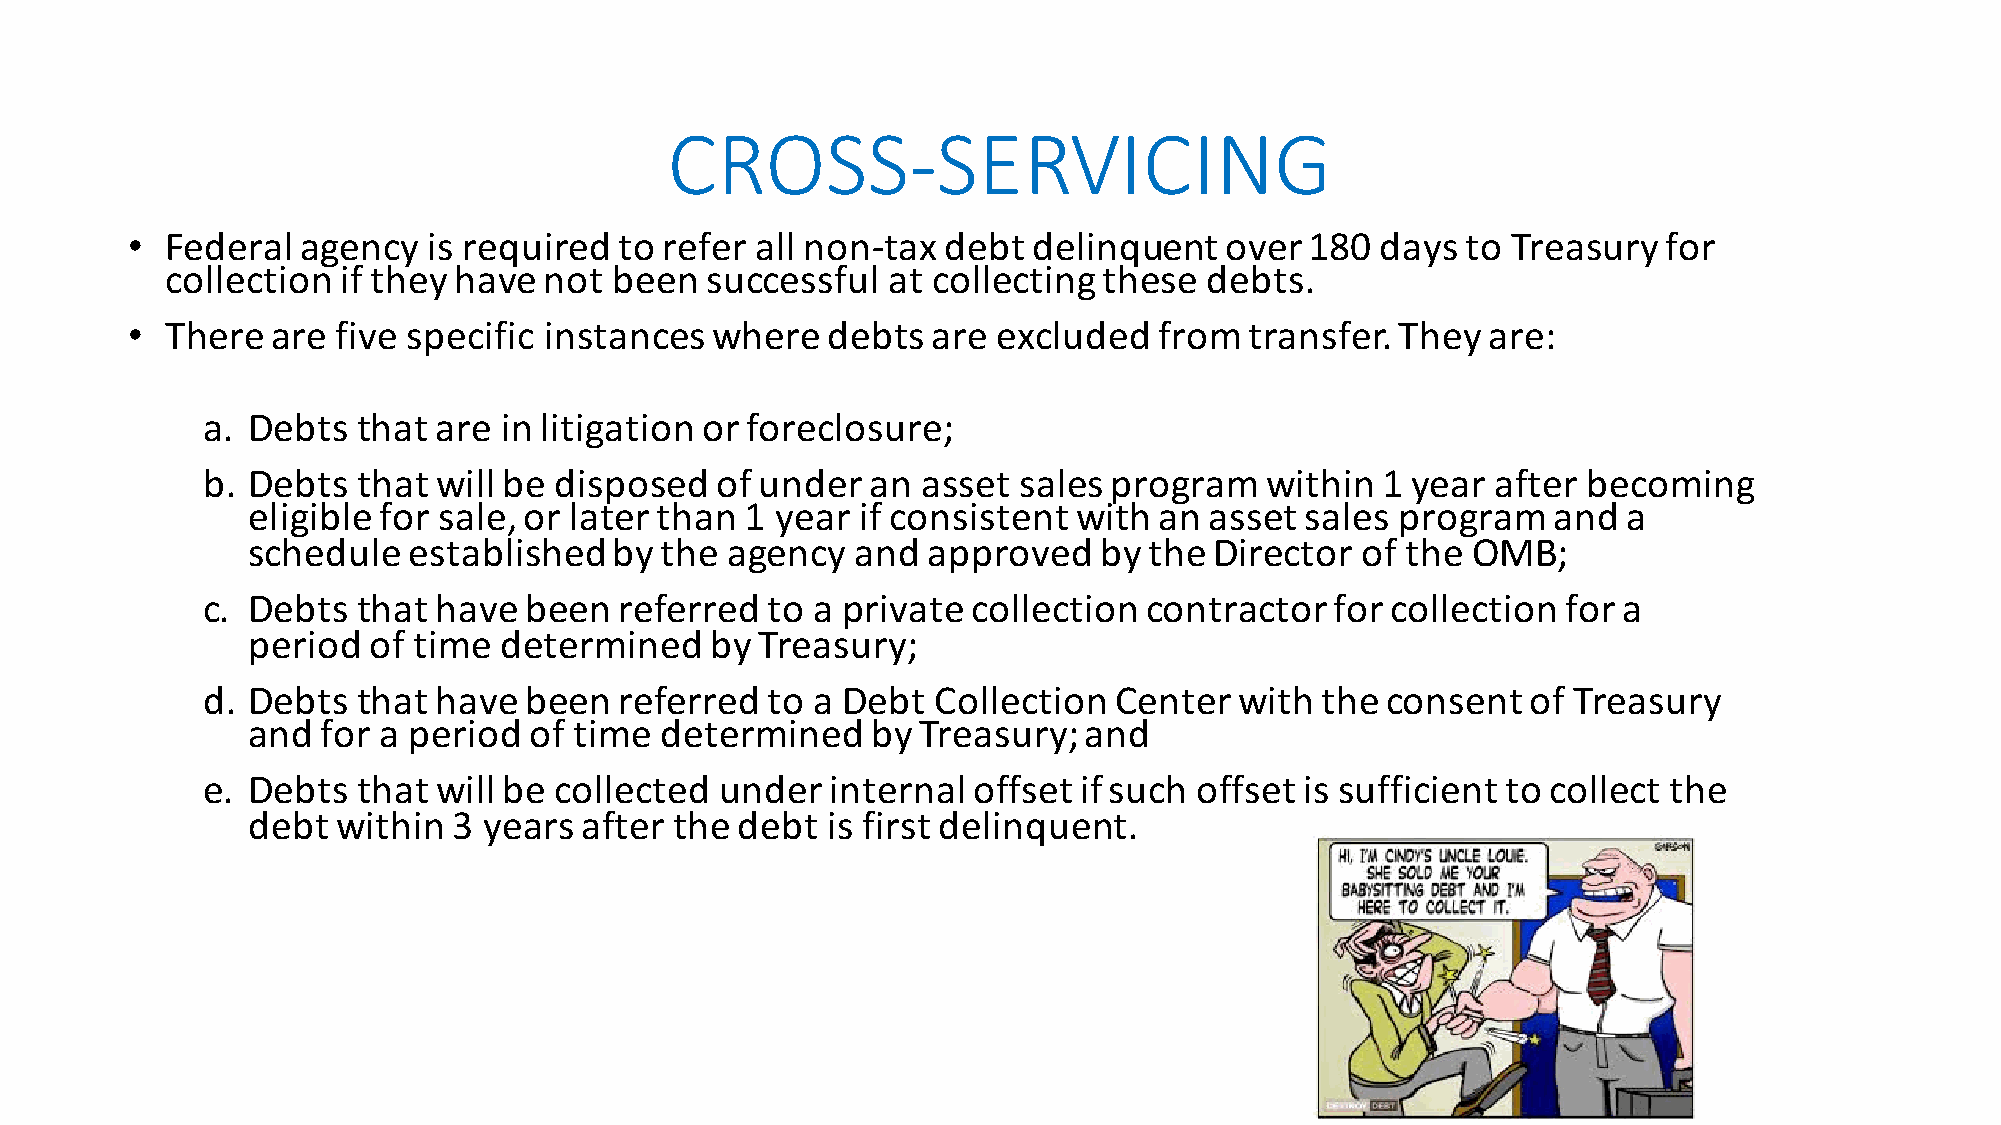
CROSS-SERVICING
 •  Federal  agency  is required  to refer all non-tax  debt delinquent   over  180 days  to Treasury  for
 collection  if they have not  been  successful  at collecting these  debts.
 •  There  are five specific instances  where   debts  are excluded   from  transfer. They  are:
 a. Debts   that are in litigation or foreclosure;
 b. Debts   that will be disposed  of under   an asset sales  program   within 1 year  after becoming
 eligible for sale, or later than 1 year  if consistent with  an asset sales  program   and  a
 schedule   established   by the agency   and approved    by the Director  of the OMB;
 c. Debts   that have  been  referred  to a private collection  contractor  for collection  for a
 period  of time  determined    by Treasury;
 d. Debts   that have  been  referred  to a Debt  Collection  Center  with the  consent  of Treasury
 and  for a period  of time  determined    by Treasury;  and
 e. Debts   that will be collected  under  internal offset if such offset is sufficient to collect the
 debt  within  3 years  after the debt  is first delinquent.